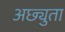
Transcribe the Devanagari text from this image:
अछ्युता